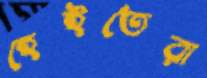
হেইতেরা